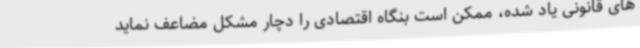
های قانونی یاد شده، ممکن است بنگاه اقتصادی را دچار مشکل مضاعف نماید